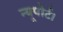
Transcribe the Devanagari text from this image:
न्यूपोर्ट।